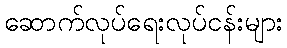
ဆောက်လုပ်ရေးလုပ်ငန်းများ